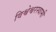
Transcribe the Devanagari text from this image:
विश्वेश्वरस्वामी